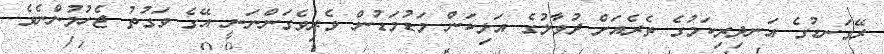
ރޭގަނޑުގެ އަނދިރިކަމުގެ ތެރެއަށް ދުވާލުގެ އަލިކަން މަޑުމަޑުން ވެރިވެގަންނަނީ އޭގެ ވަގުތު ޖެހުމުންނެވެ.